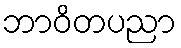
ဘာဝိတပညာ